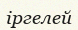
іргелей